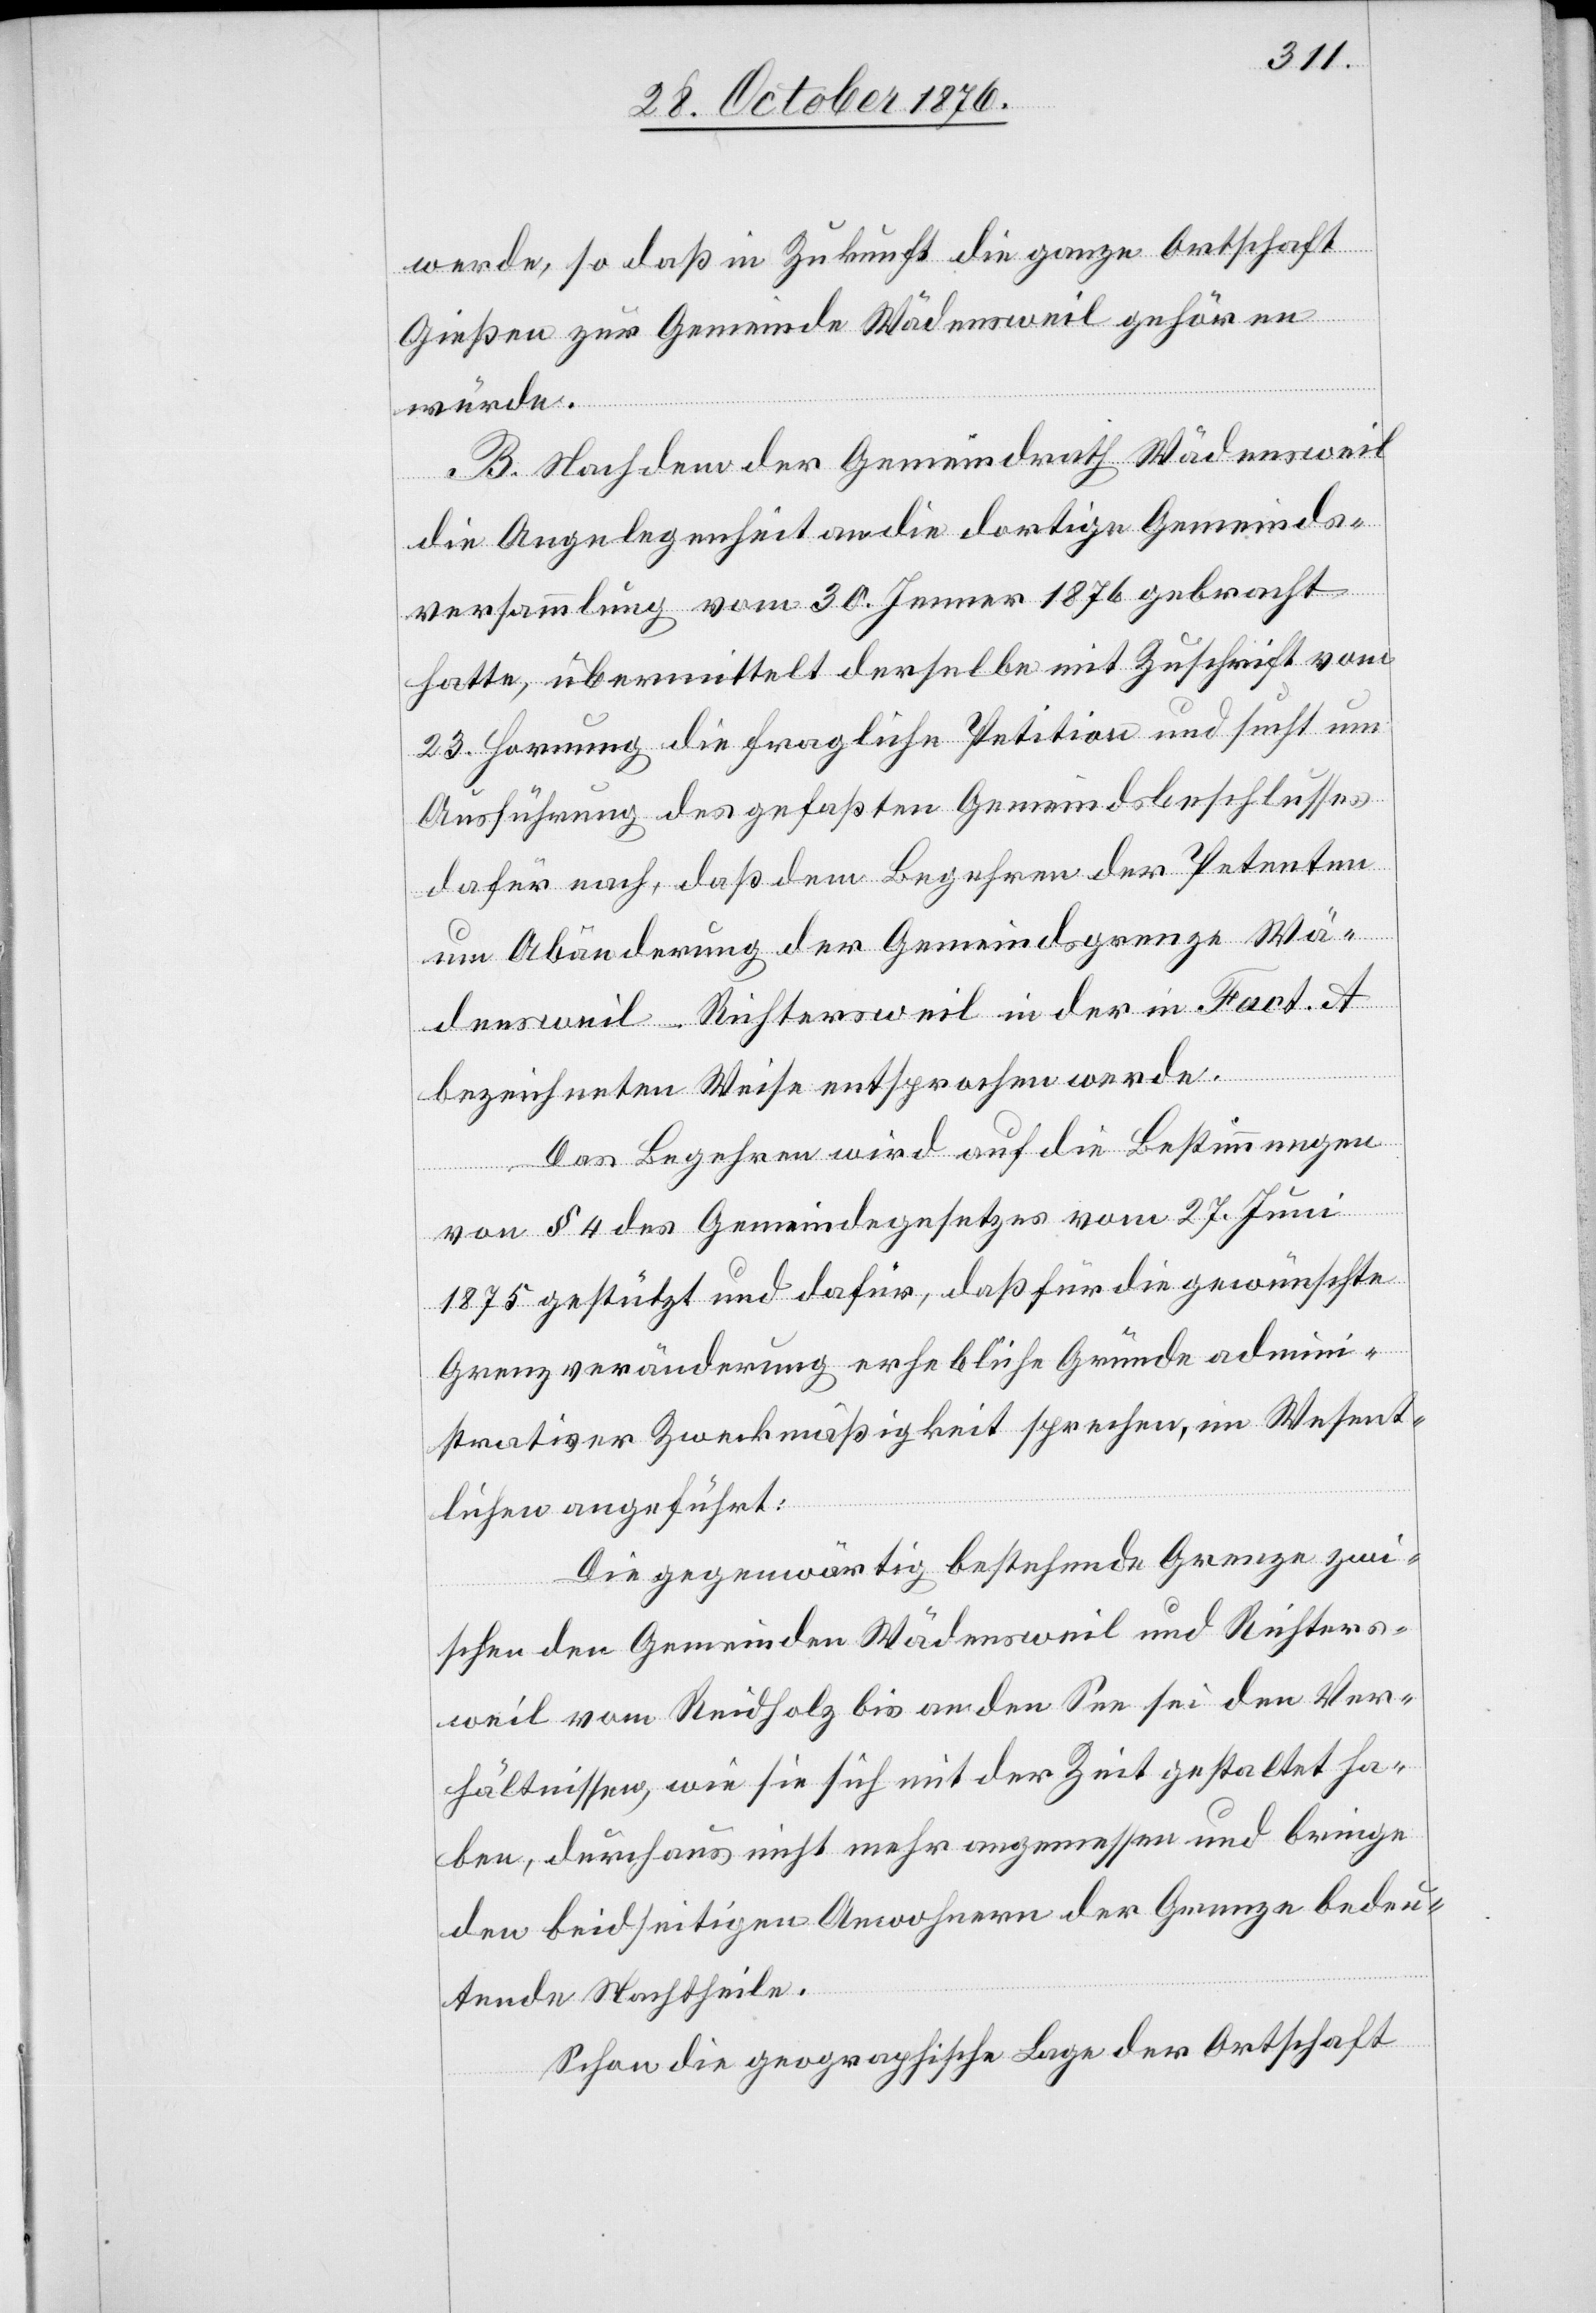
werde, so daß in Zukunft die ganze Ortschaft
gießen zur Gemeinde Wädensweil gehören
würde.
B. Nachdem der Gemeindrath Wädensweil
die Angelegenheit an die dortige Gemeinds¬
versammlung vom 30. Jenner 1876 gebracht
hatte, übermittelt derselbe mit Zuschrift vom
23. Hornung die fragliche Petition und sucht um
Ausführung des gefaßten Gemeindsbeschlusses
dafür nach, daß dem Begehren der Petenten
um Abänderung der Gemeindsgrenze Wä¬
densweil-Richtersweil in der in Fact. A
bezeichneten Weise entsprochen werde.
Das Begehren wird auf die Bestimmungen
von § 4 des Gemeindegesetzes vom 27. Juni
1875 gestützt und dafür, daß für die gewünschte
Grenzveränderung erhebliche Gründe admini¬
strativer Zweckmäßigkeit sprechen, im Wesent¬
lichen angeführt:
Die gegenwärtig bestehende Grenze zwi¬
schen den Gemeinden Wädensweil und Richters¬
weil vom Reidholz bis an den See sei den Ver¬
hältnissen, wie sie sich mit der Zeit gestaltet ha¬
ben, durchaus nicht mehr angemessen und bringe
den beidseitigen Anwohnern der Grenze bedeu¬
tende Nachtheile.
Schon die geographische Lage der Ortschaft